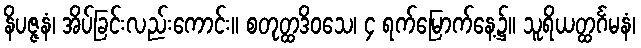
နိပဇ္ဇနံ၊ အိပ်ခြင်းလည်းကောင်း။ စတုတ္ထဒိဝသေ၊ ၄ ရက်မြောက်နေ့၌။ သူရိယတ္ထင်္ဂမနံ၊